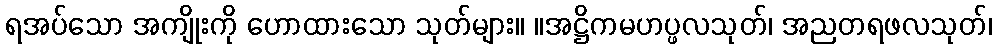
ရအပ်သော အကျိုးကို ဟောထားသော သုတ်များ။ ။အဋ္ဌိကမဟပ္ဖလသုတ်၊ အညတရဖလသုတ်၊